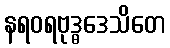
နရဝရဗုဒ္ဓဒေသိတေ